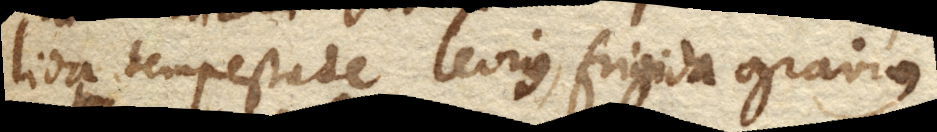
lida tempestate levius, frigida gravius.